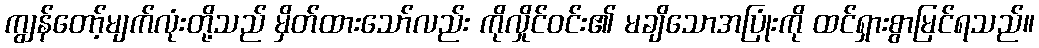
ကျွန်တော့်မျက်လုံးတို့သည် မှိတ်ထားသော်လည်း ကိုလှိုင်ဝင်း၏ မချိသောအပြုံးကို ထင်ရှားစွာမြင်ရသည်။